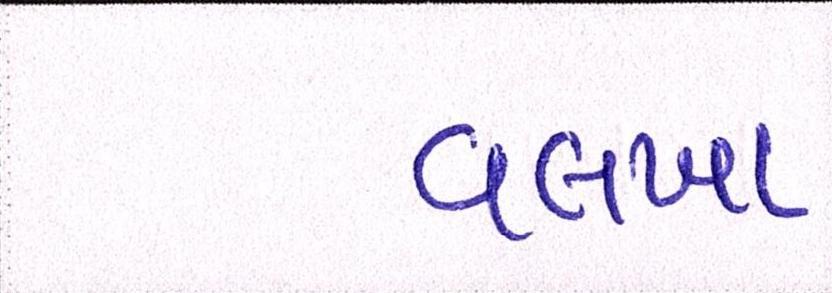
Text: વલખા